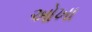
ઓખા